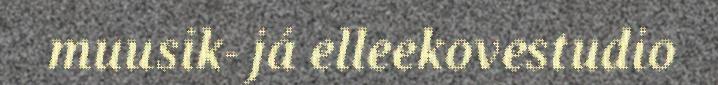
muusik- já elleekovestudio